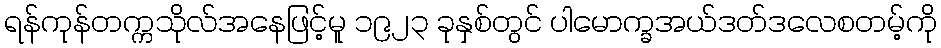
ရန်ကုန်တက္ကသိုလ်အနေဖြင့်မူ ၁၉၂၃ ခုနှစ်တွင် ပါမောက္ခအယ်ဒတ်ဒလေစတမ့်ကို